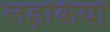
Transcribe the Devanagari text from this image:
लड़कियो